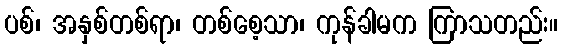
ပစ်၊ အနှစ်တစ်ရာ၊ တစ်စေ့သာ၊ ကုန်ခါမက ကြာသတည်း။